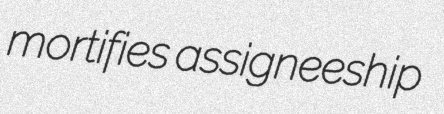
mortifies assigneeship